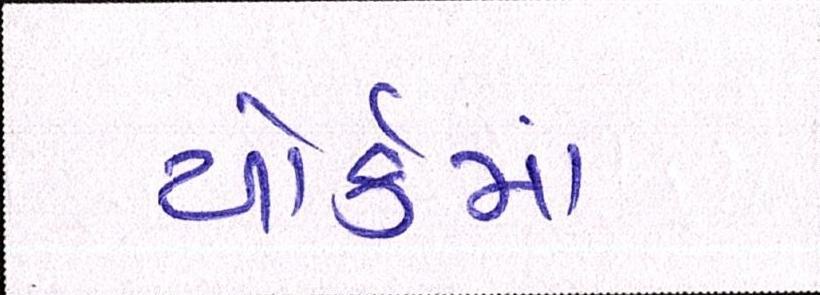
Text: યોર્કમાં